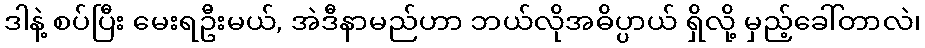
ဒါနဲ့ စပ်ပြီး မေးရဦးမယ်, အဲဒီနာမည်ဟာ ဘယ်လိုအဓိပ္ပာယ် ရှိလို့ မှည့်ခေါ်တာလဲ၊